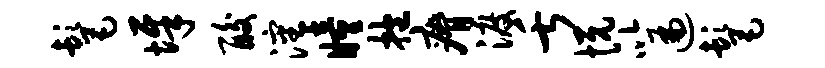
髦墀酸沈瞳抱瘠渡舌悦以遍髦